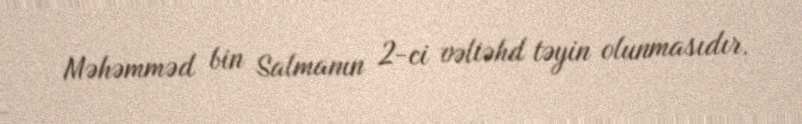
Məhəmməd bin Salmanın 2-ci vəliəhd təyin olunmasıdır.